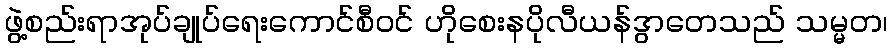
ဖွဲ့စည်းရာအုပ်ချုပ်ရေးကောင်စီဝင် ဟိုစေးနပိုလီယန်ဒွာတေသည် သမ္မတ၊